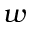
w